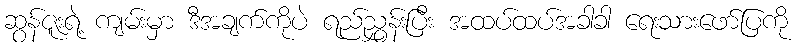
ဆွန်ဇူးရဲ့ ကျမ်းမှာ ဒီအချက်ကိုပဲ ရည်ညွှန်းပြီး အထပ်ထပ်အခါခါ ရေးသားဖော်ပြကို